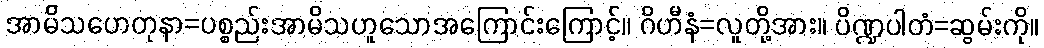
အာမိသဟေတုနာ=ပစ္စည်းအာမိသဟူသောအကြောင်းကြောင့်။ ဂိဟီနံ=လူတို့အား။ ပိဏ္ဍပါတံ=ဆွမ်းကို။